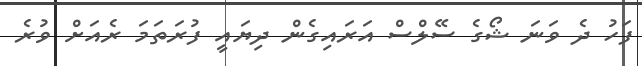
ފަހު ދެ ވަނަ ޝޯގެ ސޭލްސް އަރައިގެން ދިޔައީ ފުރަތަމަ ރެއަށް ވުރެ